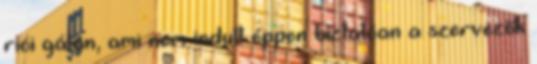
riói gálán, ami nem indult éppen biztatóan a szervezők